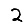
Digit: 2